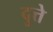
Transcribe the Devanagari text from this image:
दुत्ते